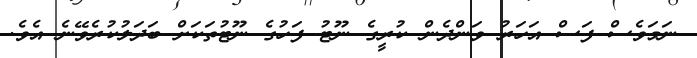
ނަމަވެސް ފަސް އަހަރު ވަންދެން ކުރީގެ ނޫޓު ފަހުގެ ނޫޓުތަކަށް ބަދަލުކުރެވޭނެ އެވެ.